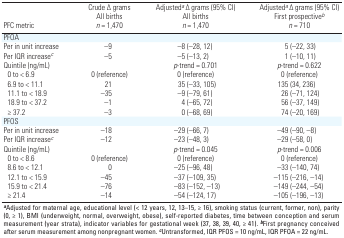
<table><thead><tr><td><b>PFC metric</b></td><td><b>Crude ∆ grams All births <i>n</i><i></i>= 1,470</b></td><td><b>Adjusted<sup><i>a</i></sup>∆ grams (95% CI) All births <i>n </i>= 1,470</b></td><td><b>Adjusted<sup><i>a</i></sup>∆ grams (95% CI) First prospective<sup><i>b</i></sup><i>n </i>= 710</b></td></tr></thead><tbody><tr><td><b>PFOA</b></td></tr><tr><td><b>Per in unit increase</b></td><td>–9</td><td>–8 (–28, 12)</td><td>5 (–22, 33)</td></tr><tr><td><b>Per IQR increase<sup><i>c</i></sup></b></td><td>–5</td><td>–5 (–13, 2)</td><td>1 (–10, 11)</td></tr><tr><td><b>Quintile (ng/mL)</b></td><td></td><td><i>p</i>-trend<i></i>= 0.701</td><td><i>p</i>-trend<i></i>= 0.622</td></tr><tr><td><b>0 to &lt; 6.9</b></td><td>0 (reference)</td><td>0 (reference)</td><td>0 (reference)</td></tr><tr><td><b>6.9 to &lt; 11.1</b></td><td>21</td><td>35 (–33, 105)</td><td>135 (34, 236)</td></tr><tr><td><b>11.1 to &lt; 18.9</b></td><td>–35</td><td>–9 (–79, 61)</td><td>26 (–71, 124)</td></tr><tr><td><b>18.9 to &lt; 37.2</b></td><td>–1</td><td>4 (–65, 72)</td><td>56 (–37, 149)</td></tr><tr><td><b>≥ 37.2</b></td><td>–3</td><td>0 (–68, 69)</td><td>74 (–20, 169)</td></tr><tr><td><b>PFOS</b></td></tr><tr><td><b>Per in unit increase</b></td><td>–18</td><td>–29 (–66, 7)</td><td>–49 (–90, –8)</td></tr><tr><td><b>Per IQR increase<sup><i>c</i></sup></b></td><td>–12</td><td>–23 (–48, 3)</td><td>–29 (–58, 0)</td></tr><tr><td><b>Quintile (ng/mL)</b></td><td></td><td><i>p</i>-trend<i></i>= 0.045</td><td><i>p</i>-trend<i></i>= 0.006</td></tr><tr><td><b>0 to &lt; 8.6</b></td><td>0 (reference)</td><td>0 (reference)</td><td>0 (reference)</td></tr><tr><td><b>8.6 to &lt; 12.1</b></td><td>0</td><td>–25 (–96, 48)</td><td>–33 (–140, 74)</td></tr><tr><td><b>12.1 to &lt; 15.9</b></td><td>–45</td><td>–37 (–109, 35)</td><td>–115 (–216, –14)</td></tr><tr><td><b>15.9 to &lt; 21.4</b></td><td>–76</td><td>–83 (–152, –13)</td><td>–149 (–244, –54)</td></tr><tr><td><b>≥ 21.4</b></td><td>–14</td><td>–54 (–124, 17)</td><td>–105 (–196, –13)</td></tr><tr><td colspan="4"><sup><i><b>a</b></i></sup>Adjusted for maternal age, educational level (&lt; 12 years, 12, 13–15, ≥ 16), smoking status (current, former, non), parity (0, ≥ 1), BMI (underweight, normal, overweight, obese), self-reported diabetes, time between conception and serum measurement (year strata), indicator variables for gestational week (37, 38, 39, 40, ≥ 41). <sup><i><b>b</b></i></sup>First pregnancy conceived after serum measurement among nonpregnant women. <sup><i><b>c</b></i></sup>Untransformed, IQR PFOS = 10 ng/mL, IQR PFOA = 22 ng/mL.</td></tr></tbody></table>